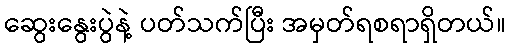
ဆွေးနွေးပွဲနဲ့ ပတ်သက်ပြီး အမှတ်ရစရာရှိတယ်။